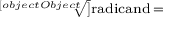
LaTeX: \scriptstyle { \sqrt [ [object Object] ] { \scriptstyle { \mathrm { r a d i c a n d } } } } \, =